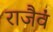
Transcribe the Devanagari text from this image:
राजैवं